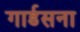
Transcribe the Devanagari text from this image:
गार्डसना